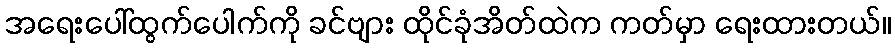
အရေးပေါ်ထွက်ပေါက်ကို ခင်ဗျား ထိုင်ခုံအိတ်ထဲက ကတ်မှာ ရေးထားတယ်။